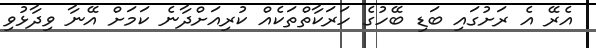
އެރޭ އެ ރަށުގައި ބަޑި ބޭހުގެ ހަރަކާތްތަކެއް ކުރިއަށްދާނެ ކަމަށް އޭނާ ވިދާޅުވި